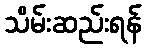
သိမ်းဆည်းရန်